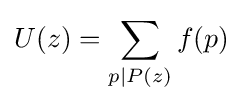
U(z)=\sum _{p\mid P(z)}f(p)